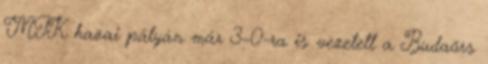
MTK hazai pályán már 3–0-ra is vezetett a Budaörs